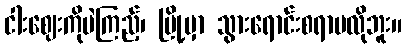
ငါးဈေးကိုပဲကြည့်၊ မြို့မှာ သွားရောင်းစရာမလိုဘူး။